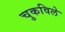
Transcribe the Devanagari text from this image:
चुकविले